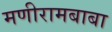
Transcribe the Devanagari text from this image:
मणीरामबाबा